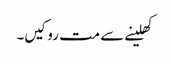
کھلینے سے مت روکیں۔